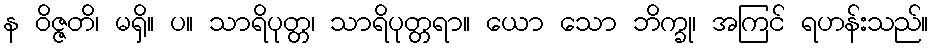
န ဝိဇ္ဇတိ၊ မရှိ။ ပ။ သာရိပုတ္တ၊ သာရိပုတ္တရာ။ ယော သော ဘိက္ခု၊ အကြင် ရဟန်းသည်။